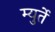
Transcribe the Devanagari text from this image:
म्युर्ते